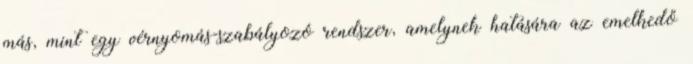
más, mint egy vérnyomás-szabályozó rendszer, amelynek hatására az emelkedő